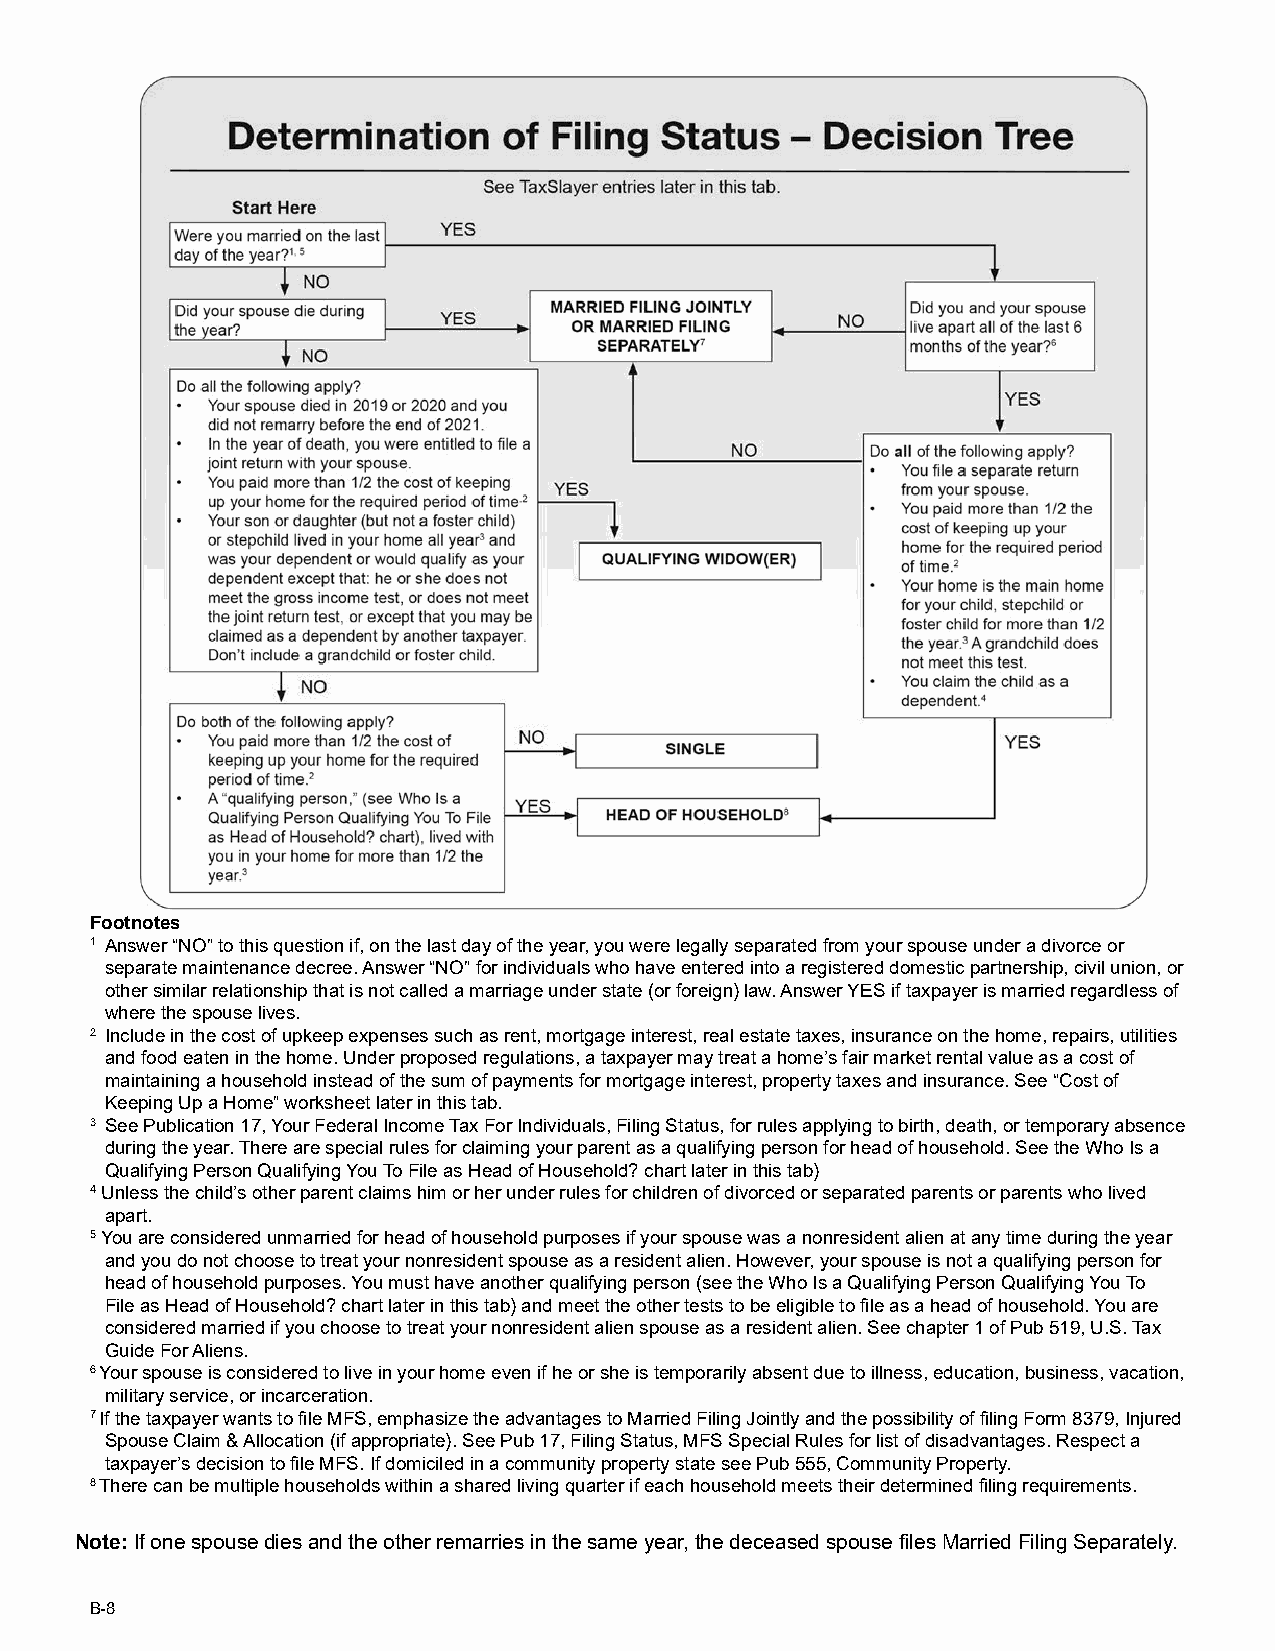
Footnotes
 1 Answer “NO” to this question if, on the last day of the year, you were legally separated from your spouse under a divorce or
 separate maintenance decree. Answer “NO” for individuals who have entered into a registered domestic partnership, civil union, or
 other similar relationship that is not called a marriage under state (or foreign) law. Answer YES if taxpayer is married regardless of
 where the spouse lives.
 2 Include in the cost of upkeep expenses such as rent, mortgage interest, real estate taxes, insurance on the home, repairs, utilities
 and food eaten in the home. Under proposed regulations, a taxpayer may treat a home’s fair market rental value as a cost of
 maintaining a household instead of the sum of payments for mortgage interest, property taxes and insurance. See “Cost of
 Keeping Up a Home” worksheet later in this tab.
 3 See Publication 17, Your Federal Income Tax For Individuals, Filing Status, for rules applying to birth, death, or temporary absence
 during the year. There are special rules for claiming your parent as a qualifying person for head of household. See the Who Is a
 Qualifying Person Qualifying You To File as Head of Household? chart later in this tab)
 4 Unless the child’s other parent claims him or her under rules for children of divorced or separated parents or parents who lived
 apart.
 5 You are considered unmarried for head of household purposes if your spouse was a nonresident alien at any time during the year
 and you do not choose to treat your nonresident spouse as a resident alien. However, your spouse is not a qualifying person for
 head of household purposes. You must have another qualifying person (see the Who Is a Qualifying Person Qualifying You To
 File as Head of Household? chart later in this tab) and meet the other tests to be eligible to file as a head of household. You are
 considered married if you choose to treat your nonresident alien spouse as a resident alien. See chapter 1 of Pub 519, U.S. Tax
 Guide For Aliens.
 6 Your spouse is considered to live in your home even if he or she is temporarily absent due to illness, education, business, vacation,
 military service, or incarceration.
 7 If the taxpayer wants to file MFS, emphasize the advantages to Married Filing Jointly and the possibility of filing Form 8379, Injured
 Spouse Claim & Allocation (if appropriate). See Pub 17, Filing Status, MFS Special Rules for list of disadvantages. Respect a
 taxpayer’s decision to file MFS. If domiciled in a community property state see Pub 555, Community Property.
 8 There can be multiple households within a shared living quarter if each household meets their determined filing requirements.
 Note: If one spouse dies and the other remarries in the same year, the deceased spouse files Married Filing Separately.
 B-8